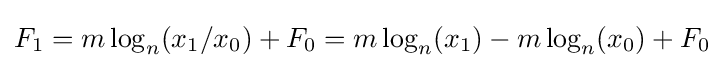
F_{1}=m\log _{n}(x_{1}/x_{0})+F_{0}=m\log _{n}(x_{1})-m\log _{n}(x_{0})+F_{0}